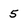
Character: 5